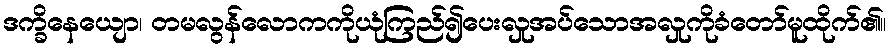
ဒက္ခိနေယျော၊ တမလွန်လောကကိုယုံကြည်၍ပေးလှုအပ်သောအလှုကိုခံတော်မူထိုက်၏။